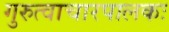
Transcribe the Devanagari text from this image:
गुरुत्वाचारपालकः